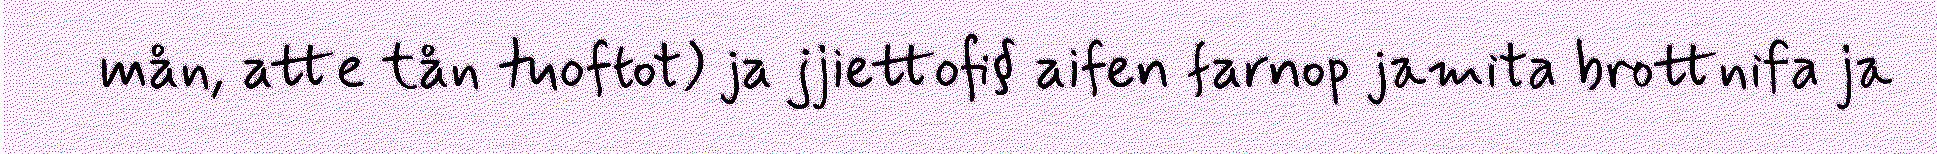
mån, atte tån tuoftot) ja jjiettofi§ aifen farnop jamita brottnifa ja